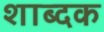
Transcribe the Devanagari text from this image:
शाब्दक